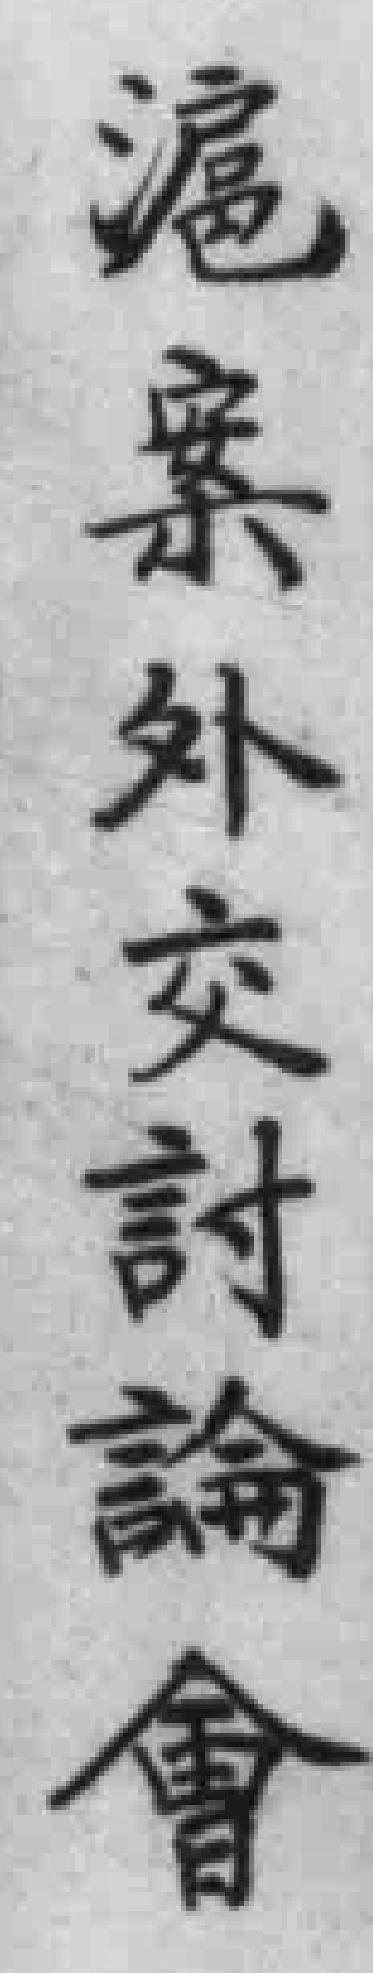
滬案外交討論會